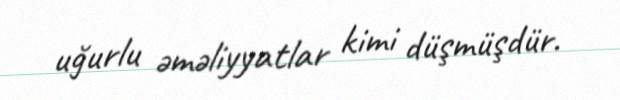
uğurlu əməliyyatlar kimi düşmüşdür.